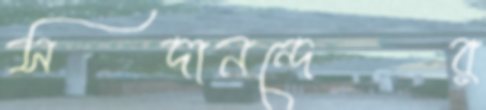
সদানন্দের